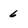
Character: 6